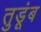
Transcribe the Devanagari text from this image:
तुडूंब